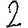
Digit: 2